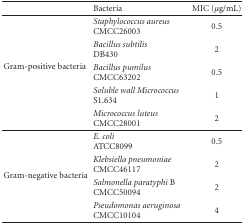
|  | Bacteria | MIC (μg/mL) |
 | --- | --- | --- |
 | <ROWSPAN=5> Gram-positive bacteria | Staphylococcus aureus CMCC26003 | 0.5 |
 | Bacillus subtilis DB430 | 2 |
 | Bacillus pumilus CMCC63202 | 0.5 |
 | Soluble wall Micrococcus S1.634 | 1 |
 | Micrococcus luteus CMCC28001 | 2 |
 | <ROWSPAN=4> Gram-negative bacteria | E. coli ATCC8099 | 0.5 |
 | Klebsiella pneumoniae CMCC46117 | 2 |
 | Salmonella paratyphi BCMCC50094 | 2 |
 | Pseudomonas aeruginosa CMCC10104 | 4 |